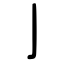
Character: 亅